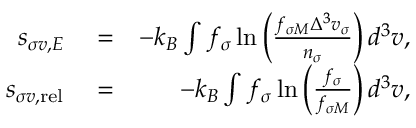
\begin{array} { r l r } { s _ { \sigma v , { \cal E } } } & { { } = } & { - k _ { B } \int f _ { \sigma } \ln \left( \frac { f _ { \sigma M } \Delta ^ { 3 } v _ { \sigma } } { n _ { \sigma } } \right) d ^ { 3 } v , } \\ { s _ { \sigma v , \mathrm { r e l } } } & { { } = } & { - k _ { B } \int f _ { \sigma } \ln \left( \frac { f _ { \sigma } } { f _ { \sigma M } } \right) d ^ { 3 } v , } \end{array}